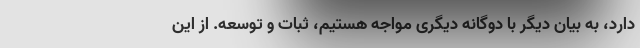
دارد، به بیان دیگر با دوگانه دیگری مواجه هستیم، ثبات و توسعه. از این